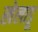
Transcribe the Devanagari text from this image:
खेलाडू